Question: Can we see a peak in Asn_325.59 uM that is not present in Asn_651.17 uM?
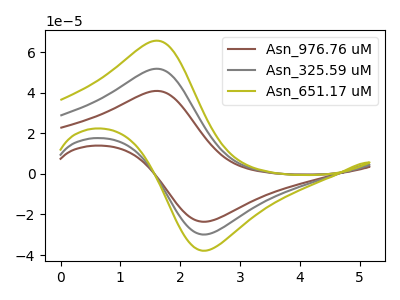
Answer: <think>The brown curve "Asn_976.76 uM" has an anodic peak at (1.60V, 103.65uA) and a cathodic peak at (2.45V, -59.70uA). The gray curve "Asn_325.59 uM" has an anodic peak at (1.60V, 51.80uA) and a cathodic peak at (2.45V, -29.85uA). The olive curve "Asn_651.17 uM" has an anodic peak at (1.60V, 65.65uA) and a cathodic peak at (2.45V, -37.80uA).
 All the peaks in "Asn_325.59 uM" have a peak in "Asn_651.17 uM" at the same potential. Every peak in "Asn_325.59 uM" is lower than every peak in "Asn_651.17 uM".</think>
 <answer>No, "Asn_325.59 uM" and "Asn_651.17 uM" don't appear to be significantly different in shape</answer>
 <eval>no_change</eval>